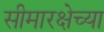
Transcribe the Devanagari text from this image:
सीमारक्षेच्या